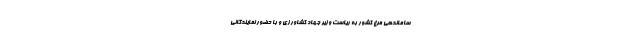
ساماندهی مرغ کشور به ریاست وزیر جهاد کشاورزی و با حضور نمایندگانی